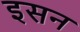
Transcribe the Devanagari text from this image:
इसन